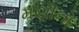
મણીનો